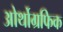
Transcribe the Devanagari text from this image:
ओर्थोग्रफिक